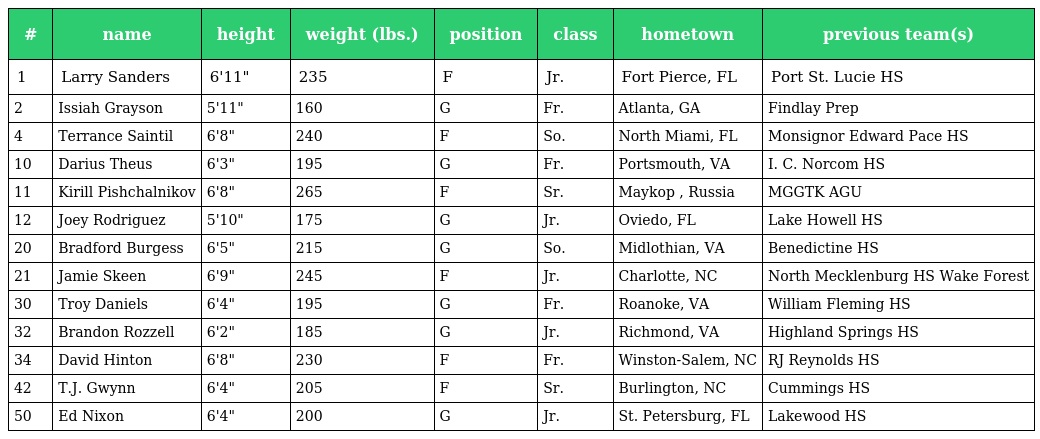
| # | name | height | weight (lbs.) | position | class | hometown | previous team(s) |
 | --- | --- | --- | --- | --- | --- | --- | --- |
 | 1 | Larry Sanders | 6'11" | 235 | F | Jr. | Fort Pierce, FL | Port St. Lucie HS |
 | 2 | Issiah Grayson | 5'11" | 160 | G | Fr. | Atlanta, GA | Findlay Prep |
 | 4 | Terrance Saintil | 6'8" | 240 | F | So. | North Miami, FL | Monsignor Edward Pace HS |
 | 10 | Darius Theus | 6'3" | 195 | G | Fr. | Portsmouth, VA | I. C. Norcom HS |
 | 11 | Kirill Pishchalnikov | 6'8" | 265 | F | Sr. | Maykop , Russia | MGGTK AGU |
 | 12 | Joey Rodriguez | 5'10" | 175 | G | Jr. | Oviedo, FL | Lake Howell HS |
 | 20 | Bradford Burgess | 6'5" | 215 | G | So. | Midlothian, VA | Benedictine HS |
 | 21 | Jamie Skeen | 6'9" | 245 | F | Jr. | Charlotte, NC | North Mecklenburg HS Wake Forest |
 | 30 | Troy Daniels | 6'4" | 195 | G | Fr. | Roanoke, VA | William Fleming HS |
 | 32 | Brandon Rozzell | 6'2" | 185 | G | Jr. | Richmond, VA | Highland Springs HS |
 | 34 | David Hinton | 6'8" | 230 | F | Fr. | Winston-Salem, NC | RJ Reynolds HS |
 | 42 | T.J. Gwynn | 6'4" | 205 | F | Sr. | Burlington, NC | Cummings HS |
 | 50 | Ed Nixon | 6'4" | 200 | G | Jr. | St. Petersburg, FL | Lakewood HS |